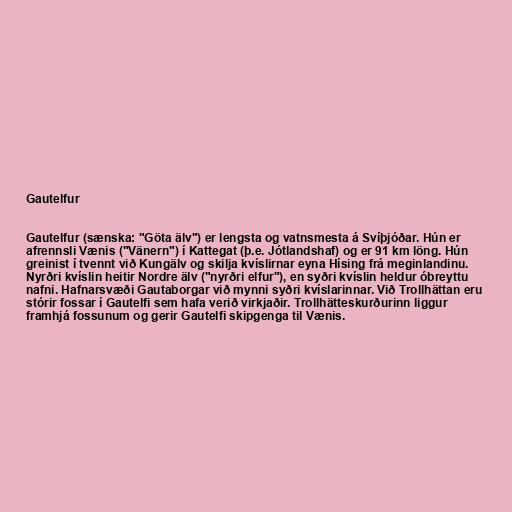
Gautelfur

Gautelfur (sænska: "Göta älv") er lengsta og vatnsmesta á Svíþjóðar. Hún er
afrennsli Vænis ("Vänern") í Kattegat (þ.e. Jótlandshaf) og er 91 km löng. Hún
greinist í tvennt við Kungälv og skilja kvíslirnar eyna Hísing frá meginlandinu.
Nyrðri kvíslin heitir Nordre älv ("nyrðri elfur"), en syðri kvíslin heldur óbreyttu
nafni. Hafnarsvæði Gautaborgar við mynni syðri kvíslarinnar. Við Trollhättan eru
stórir fossar í Gautelfi sem hafa verið virkjaðir. Trollhätteskurðurinn liggur
framhjá fossunum og gerir Gautelfi skipgenga til Vænis.